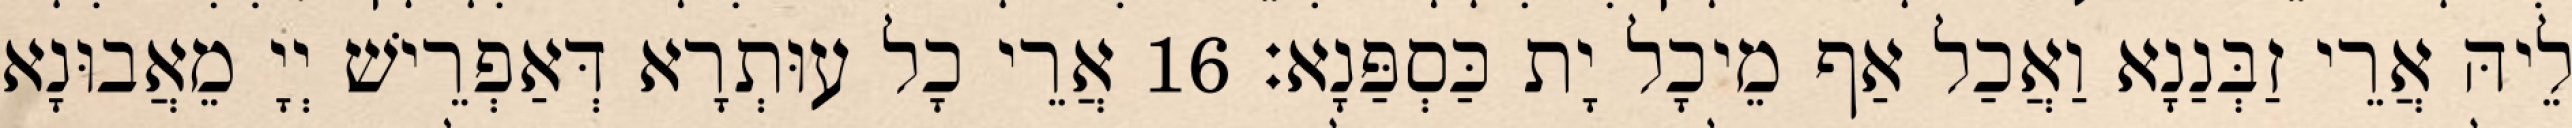
לֵיהּ אֲרֵי זַבְּנַנָא וַאֲכַל אַף מֵיכָל יָת כַּסְפַּנָא׃ 16 אֲרֵי כָל עוּתְרָא דְּאַפְרֵישׁ יְיָ מֵאֲבוּנָא